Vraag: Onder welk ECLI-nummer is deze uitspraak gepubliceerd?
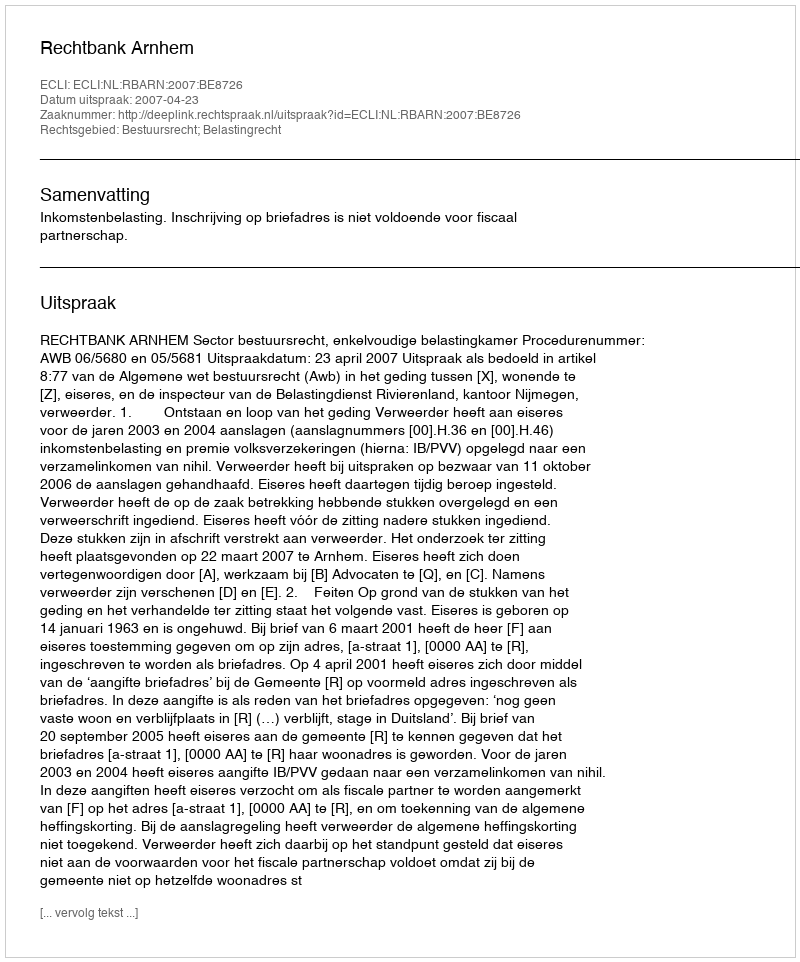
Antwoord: ECLI:NL:RBARN:2007:BE8726